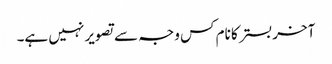
آخر بستر کا نام کس وجہ سے تصویر نہیں ہے۔